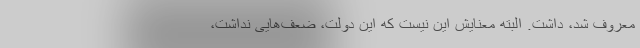
معروف شد، داشت. البته معنایش این نیست که این دولت، ضعف‌هایی نداشت،